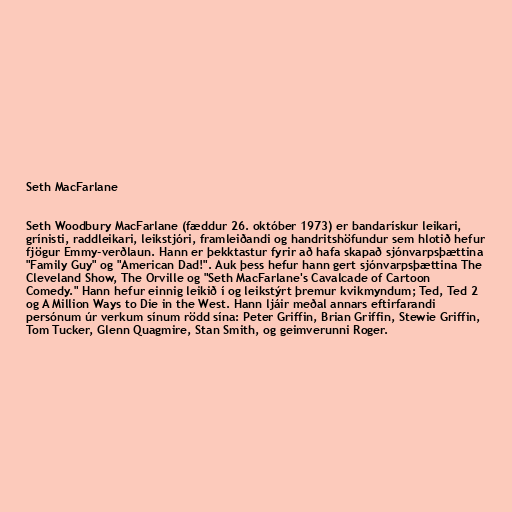
Seth MacFarlane

Seth Woodbury MacFarlane (fæddur 26. október 1973) er bandarískur leikari,
grínisti, raddleikari, leikstjóri, framleiðandi og handritshöfundur sem hlotið hefur
fjögur Emmy-verðlaun. Hann er þekktastur fyrir að hafa skapað sjónvarpsþættina
"Family Guy" og "American Dad!". Auk þess hefur hann gert sjónvarpsþættina The
Cleveland Show, The Orville og "Seth MacFarlane's Cavalcade of Cartoon
Comedy." Hann hefur einnig leikið í og leikstýrt þremur kvikmyndum; Ted, Ted 2
og A Million Ways to Die in the West. Hann ljáir meðal annars eftirfarandi
persónum úr verkum sínum rödd sína: Peter Griffin, Brian Griffin, Stewie Griffin,
Tom Tucker, Glenn Quagmire, Stan Smith, og geimverunni Roger.